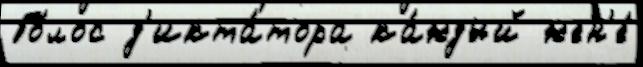
Го́лос д'икта́тора ка́ждый жен'е́